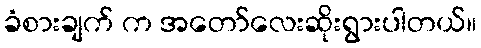
ခံစားချက် က အတော်လေးဆိုးရွားပါတယ်။